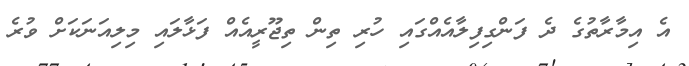
އެ އިމާރާތުގެ ދެ ފަންގިފިލާއެއްގައި ހުރި ތިން ތިޖޫރީއެއް ފަޅާލައި މިލިއަނަކަށް ވުރެ